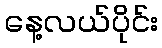
နေ့လယ်ပိုင်း